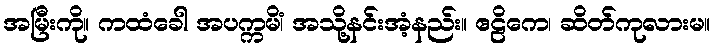
အမြီးကို။ ကထံခေါ အပက္ကမိံ၊ အသို့နင်းအံ့နည်း။ ဧဠိကေ၊ ဆိတ်ကုလားမ။